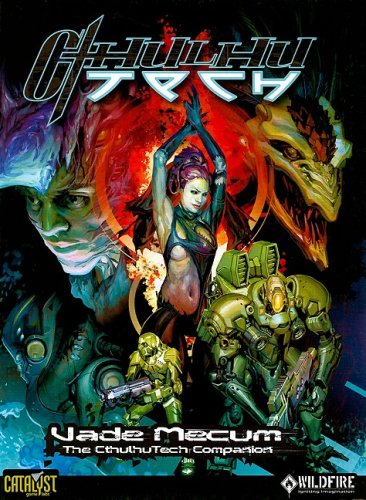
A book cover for CthulhuTech Vade Mecum; Catalyst Game Labs; Science Fiction & Fantasy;